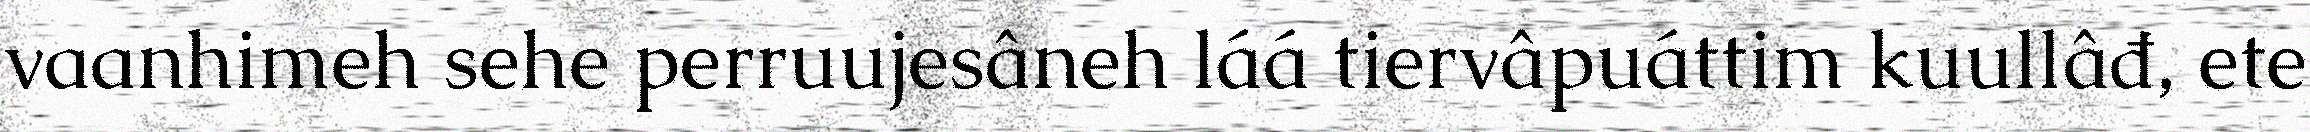
vaanhimeh sehe perruujesâneh láá tiervâpuáttim kuullâđ, ete